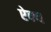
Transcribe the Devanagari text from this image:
ऐक्‍य